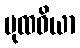
ပုထဝိယာ